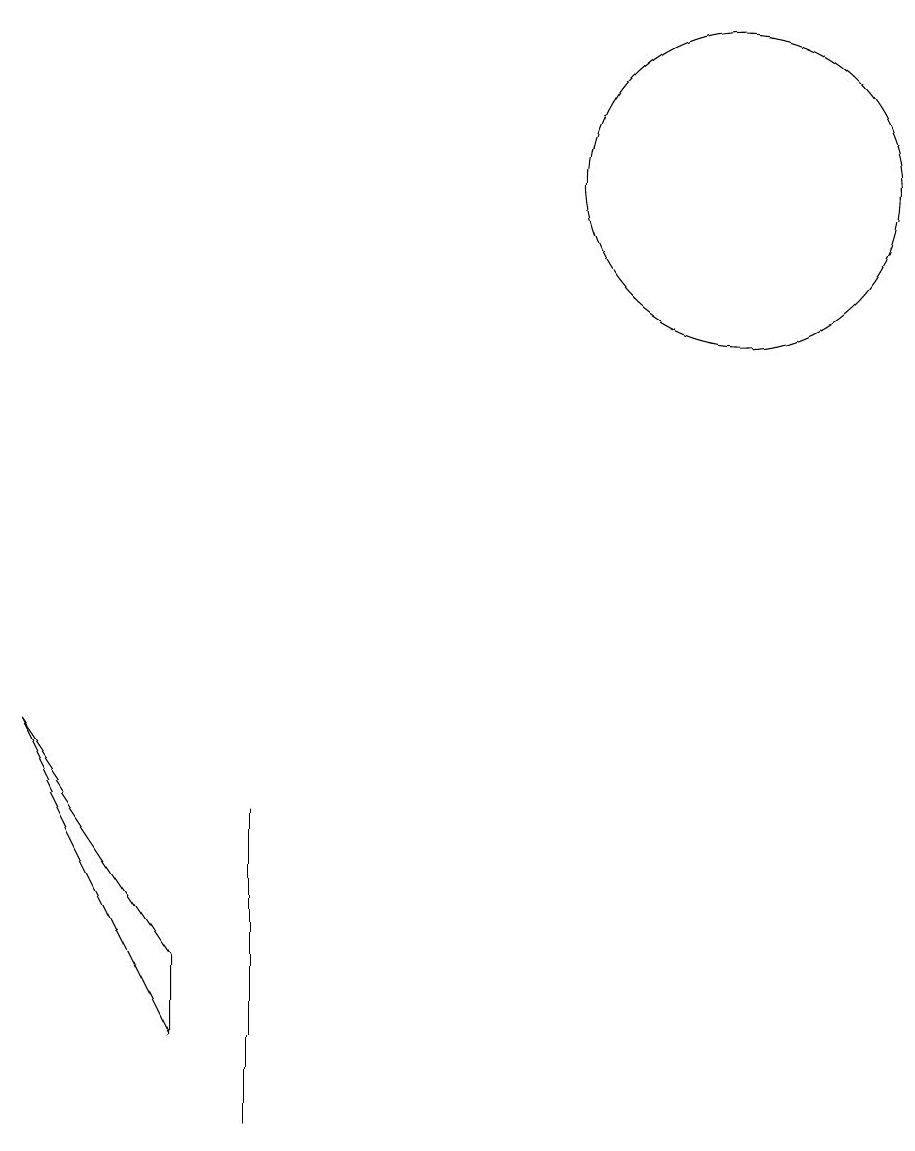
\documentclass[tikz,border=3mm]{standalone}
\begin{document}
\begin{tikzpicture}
\draw (5,1) -- (5,2) -- (3,5) -- cycle;
\draw (6,1) -- (6,4) -- (6,0) -- cycle;
\draw (12,12) circle (2);
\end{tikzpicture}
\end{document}